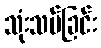
သုံးသပ်ခြင်း